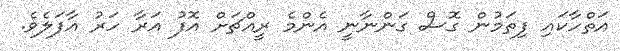
އަތްހާކައި ފިތަމުން ގޮސް ގަންނާނީ އެންމެ ރީއްޗަށް އޮފު އަރާ ހަރު އާފަލެވެ.